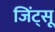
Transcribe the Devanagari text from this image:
जिंट्सू